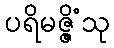
ပရိမဇ္ဇိံသု